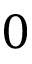
0